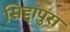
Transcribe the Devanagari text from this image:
सिद्दापुरा